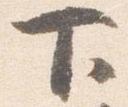
下